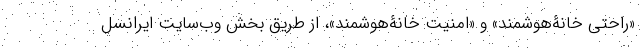
«راحتی خانۀ‌هوشمند» و «امنیت خانۀ‌هوشمند»، از طریق بخش وب‌سایت ایرانسل